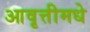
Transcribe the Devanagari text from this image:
आवृत्तीमधे